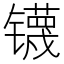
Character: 𰿃